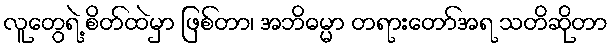
လူတွေရဲ့ စိတ်ထဲမှာ ဖြစ်တာ၊ အဘိဓမ္မာ တရားတော်အရ သတိဆိုတာ